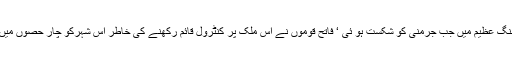
دوسری جنگ عظیم میں جب جرمنی کو شکست ہو ئی ‘ فاتح قوموں نے اس ملک پر کنٹرول قائم رکھنے کی خاطر اس شہرکو چار حصوں میں تقسیم کیا۔